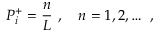
P _ { i } ^ { + } = \frac { n } { L } \ , \quad n = 1 , 2 , \dots \ ,